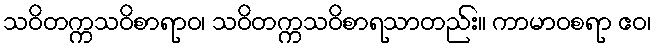
သဝိတက္ကသဝိစာရာဝ၊ သဝိတက္ကသဝိစာရသာတည်း။ ကာမာဝစရာ ဧဝ၊